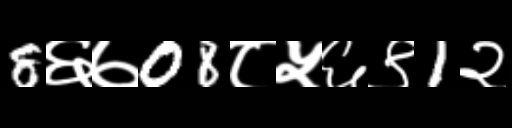
Text: 8६७08८५६९1२